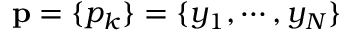
{ \bf p } = \{ p _ { k } \} = \{ y _ { 1 } , \cdots , y _ { N } \}